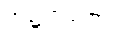
အဍ္ဍကရဏံ